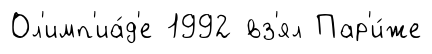
Ол'имп'иа́д'е 1992 вз'ял Пар'и́же